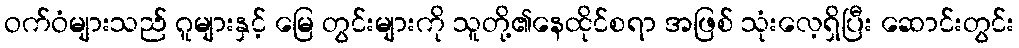
ဝက်ဝံများသည် ဂူများနှင့် မြေ တွင်းများကို သူတို့၏နေထိုင်စရာ အဖြစ် သုံးလေ့ရှိပြီး ဆောင်းတွင်း